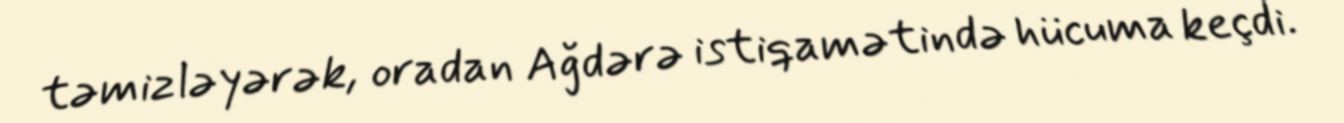
təmizləyərək, oradan Ağdərə istiqamətində hücuma keçdi.